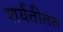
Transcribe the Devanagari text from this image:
शर्यतीतत